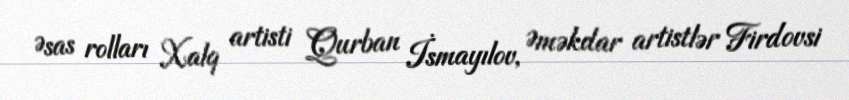
Əsas rolları Xalq artisti Qurban İsmayılov, Əməkdar artistlər Firdovsi